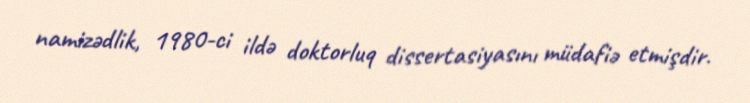
namizədlik, 1980-ci ildə doktorluq dissertasiyasını müdafiə etmişdir.